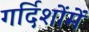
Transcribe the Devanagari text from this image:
गर्दिशोंमें